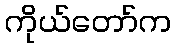
ကိုယ်တော်က